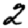
Digit: 2